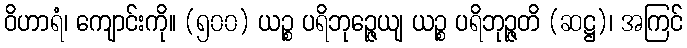
ဝိဟာရံ၊ ကျောင်းကို။ (၅၀၀) ယဉ္စ ပရိဘုဉ္ဇေယျ ယဉ္စ ပရိဘုဉ္ဇတိ (ဆဋ္ဌ)၊ အကြင်